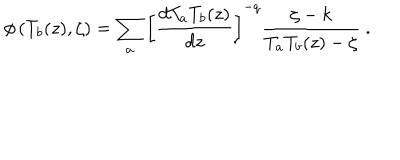
LaTeX: \phi \left( T _ { b } ( z ) , \zeta \right) = \sum _ { a } \left[ \frac { d T _ { a } T _ { b } ( z ) } { d z } \right] ^ { - q } \frac { \zeta - k } { T _ { a } T _ { b } ( z ) - \zeta } \ .